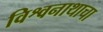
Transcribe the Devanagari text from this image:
विश्वनाथाचा